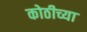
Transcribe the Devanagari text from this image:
कोठीच्या